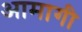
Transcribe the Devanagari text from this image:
आमागी